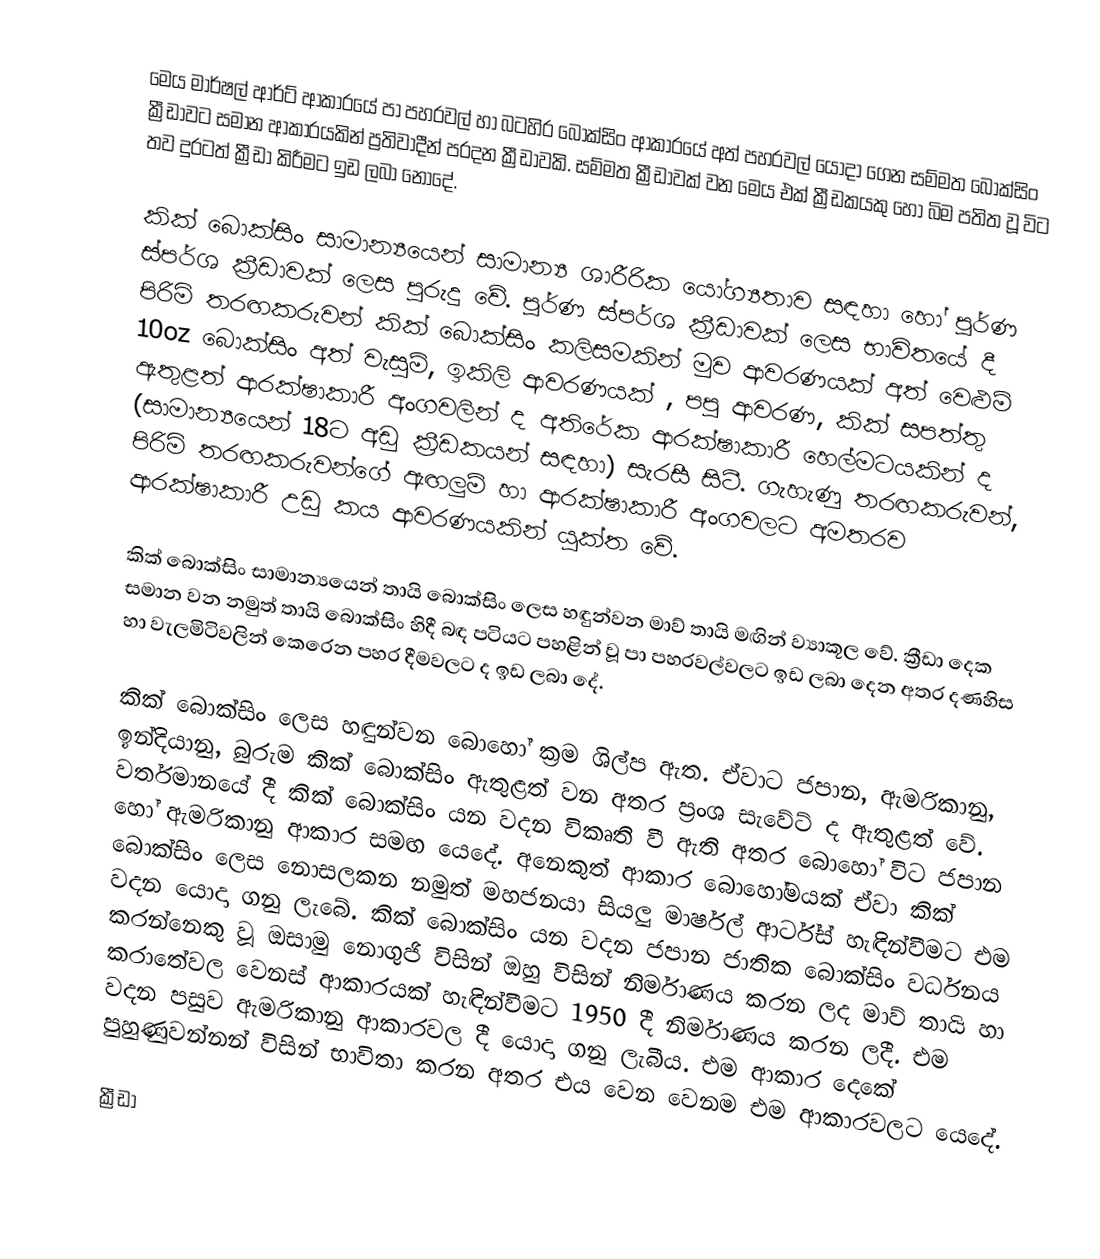
මෙය මාර්ෂල් ආර්ට් ආකාරයේ පා පහරවල් හා බටහිර බොක්සිං ආකාරයේ අත් පහරවල් යොදා ගෙන සම්මත බොක්සිං ක්‍රීඩාවට සමාන ආකාරයකින් ප්‍රතිවාදීන් පරදන ක්‍රීඩාවකි. සම්මත ක්‍රීඩාවක් වන මෙය එක් ක්‍රීඩකයකු හෝ බිම පතිත වූ විට තව දුරටත් ක්‍රීඩා කිරීමට ඉඩ ලබා නො‍දේ.

කික් බොක්සිං සාමාන්‍යයෙන් සාමාන්‍ය ‍ශාරීරික යෝග්‍යතාව සඳහා හෝ පූර්ණ ‍ස්පර්ශ ක්‍රීඩාවක් ලෙස පුරුදු වේ. පූර්ණ ස්පර්ශ ක්‍රීඩාවක් ලෙස භාවිතයේ දී පිරිමි තරඟකරුවන් කික් බොක්සිං කලිසමකින් මුව ආවරණයක් අත් වෙළුම් 10oz බොක්සිං අත් වැසුම්, ඉකිලි ආවරණයක් , පපු ආවරණ, කික් සපත්තු ඇතුළත් ආරක්ෂාකාරී අංගවලින් ද අතිරේක ආරක්ෂාකාරී හෙල්මටයකින් ද (සාමාන්‍යයෙන් 18ට අඩු ක්‍රීඩකයන් සඳහා) සැරසී සිටී. ගැහැණු තරඟකරුවන්, පිරිමි තරඟකරුවන්ගේ ඇඟලුම් හා ආරක්ෂාකාරී අංගවලට අමතරව ආරක්ෂාකාරී උඩු කය ආවරණයකින් යුක්ත වේ.

කික් බොක්සිං සාමාන්‍යයෙන් තායි බොක්සිං ලෙස හඳුන්වන මාව් තායි මඟින් ව්‍යාකූල වේ. ක්‍රීඩා දෙක සමාන වන නමුත් තායි බොක්සිං හිදී බඳ පටියට පහළින් වූ පා පහරවල්වලට ඉඩ ලබා දෙන අතර දණහිස හා වැලමිටිවලින් කෙරෙන පහර දීමවලට ද ඉඩ ලබා දේ.

කික් බොක්සිං ලෙස හඳුන්වන බොහෝ ක්‍රම ශිල්ප ඇත. ඒවාට ජපාන, ඇමරිකානු, ඉන්දියානු, බුරුම කික් බොක්සිං ඇතුළත් වන අතර ප්‍රංශ සැවේට් ද ඇතුළත් වේ. වර්තමානයේ දී කික් බොක්සිං යන වදන විකෘති වී ඇති අතර බොහෝ විට ජපාන හෝ ඇමරිකානු ආකාර සමඟ යෙදේ. අනෙකුත් ආකාර බොහෝමයක් ඒවා කික් බොක්සිං ලෙස නොසලකන නමුත් මහජනයා සියලු මාර්ෂල් ආර්ට්ස් හැඳින්වීමට ‍එම වදන යොදා ගනු ලැබේ. කික් බොක්සිං යන වදන ජපාන ජාතික බොක්සිං වර්ධනය කරන්නෙකු වූ ඔසාමු ‍නොගුජි විසින් ඔහු විසින් නිර්මාණය කරන ලද මාව් තායි හා කරාතේවල වෙනස් ආකාරයක් හැඳින්වීමට 1950 දී නිර්මාණය කරන ලදී. එම වදන පසුව ඇමරිකානු ආකාරවල දී යොදා ගනු ලැබීය. එම ආකාර දෙකේ පුහුණුවන්නන් විසින් භාවිතා කරන අතර එය වෙන වෙනම එම ආකාරවලට යෙදේ.

ක්‍රීඩා